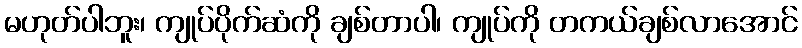
မဟုတ်ပါဘူး၊ ကျုပ်ပိုက်ဆံကို ချစ်တာပါ၊ ကျုပ်ကို တကယ်ချစ်လာအောင်